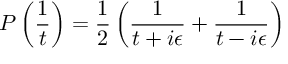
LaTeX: P \left( \frac { 1 } { t } \right) = \frac { 1 } { 2 } \left( \frac { 1 } { t + i \epsilon } + \frac { 1 } { t - i \epsilon } \right)